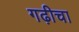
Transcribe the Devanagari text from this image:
गढ़ीचा